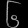
Digit: ၆